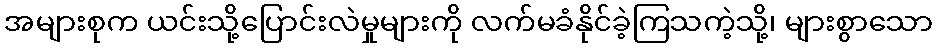
အများစုက ယင်းသို့ပြောင်းလဲမှုများကို လက်မခံနိုင်ခဲ့ကြသကဲ့သို့၊ များစွာသော